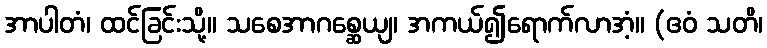
အာပါတံ၊ ထင်ခြင်းသို့။ သစေအာဂစ္ဆေယျ၊ အကယ်၍ရောက်လာအံ့။ (ဧဝံ သတိ၊